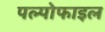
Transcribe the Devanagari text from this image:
पल्पोफाइल